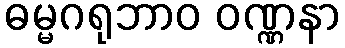
ဓမ္မဂရုဘာဝ ဝဏ္ဏနာ